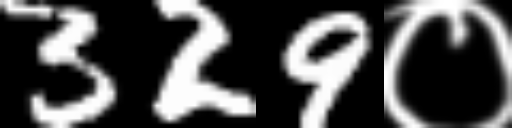
Text: 329०